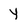
Character: y